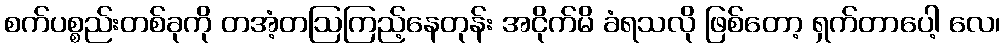
စက်ပစ္စည်းတစ်ခုကို တအံ့တဩကြည့်နေတုန်း အငိုက်မိ ခံရသလို ဖြစ်တော့ ရှက်တာပေါ့ လေ၊